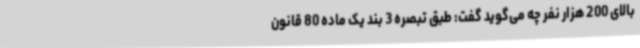
بالای 200 هزار نفر چه می‌گوید گفت: طبق تبصره 3 بند یک ماده 80 قانون